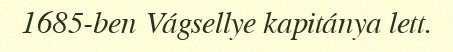
1685-ben Vágsellye kapitánya lett.